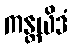
ကန္တယိဒံ